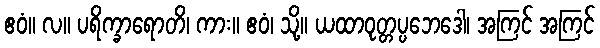
ဧဝံ။ လ။ ပရိက္ခာရောတိ၊ ကား။ ဧဝံ၊ သို့။ ယထာဝုတ္တပ္ပဘေဒေါ၊ အကြင် အကြင်